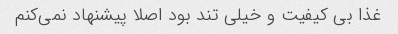
غذا بی کیفیت و خیلی تند بود اصلا پیشنهاد نمی‌کنم